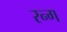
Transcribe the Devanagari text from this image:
रन्ग